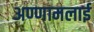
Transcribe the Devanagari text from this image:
अण्णामलाई